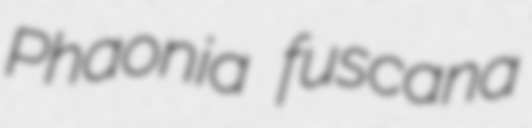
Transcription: Phaonia fuscana